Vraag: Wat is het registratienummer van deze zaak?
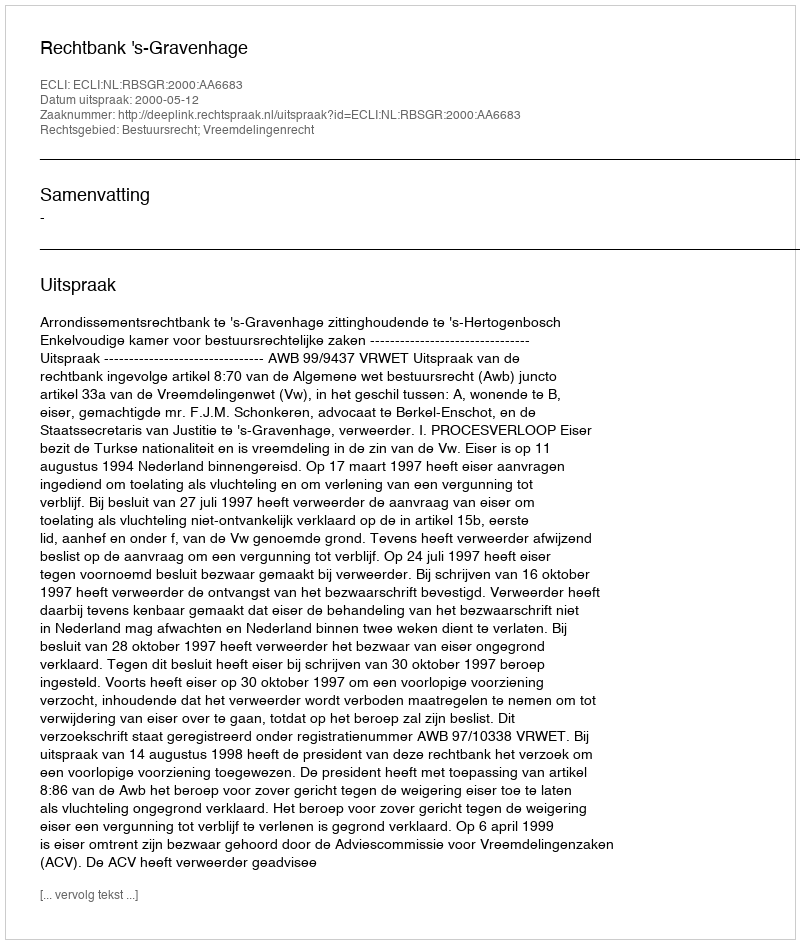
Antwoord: http://deeplink.rechtspraak.nl/uitspraak?id=ECLI:NL:RBSGR:2000:AA6683